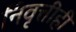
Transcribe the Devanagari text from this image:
निवृत्तीही